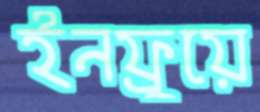
ইনফ্লুয়ে